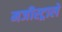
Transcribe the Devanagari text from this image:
मजीस्ट्राले